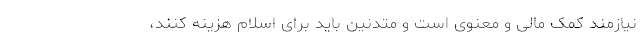
نیازمند کمک مالی و معنوی است و متدنین باید برای اسلام هزینه کنند،